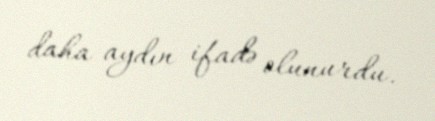
daha aydın ifadə olunurdu.